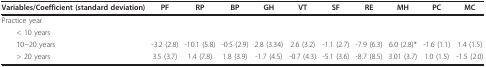
| Variables/Coefficient (standard deviation) | PF | RP | BP | GH | VT | SF | RE | MH | PC | MC |
 | --- | --- | --- | --- | --- | --- | --- | --- | --- | --- | --- |
 | Practice year |  |  |  |  |  |  |  |  |  |  |
 | < 10 years |  |  |  |  |  |  |  |  |  |  |
 | 10~20 years | -3.2 (2.8) | -10.1 (5.8) | -0.5 (2.9) | 2.8 (3.34) | 2.6 (3.2) | -1.1 (2.7) | -7.9 (6.3) | 6.0 (2.8)* | -1.6 (1.1) | 1.4 (1.5) |
 | > 20 years | 3.5 (3.7) | 1.4 (7.8) | 1.8 (3.9) | -1.7 (4.5) | -0.7 (4.3) | -5.1 (3.6) | -8.7 (8.5) | 3.01 (3.7) | 1.0 (1.5) | -1.5 (2.0) |